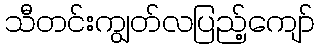
သီတင်းကျွတ်လပြည့်ကျော်